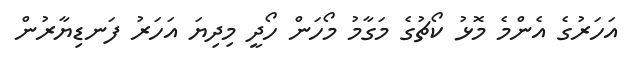
އަހަރުގެ އެންމެ މޮޅު ކޯޗުގެ މަގާމު މޯހަން ހޯދީ މިދިޔަ އަހަރު ފަނޑިޔާރުން